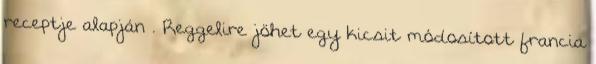
receptje alapján . Reggelire jöhet egy kicsit módosított francia